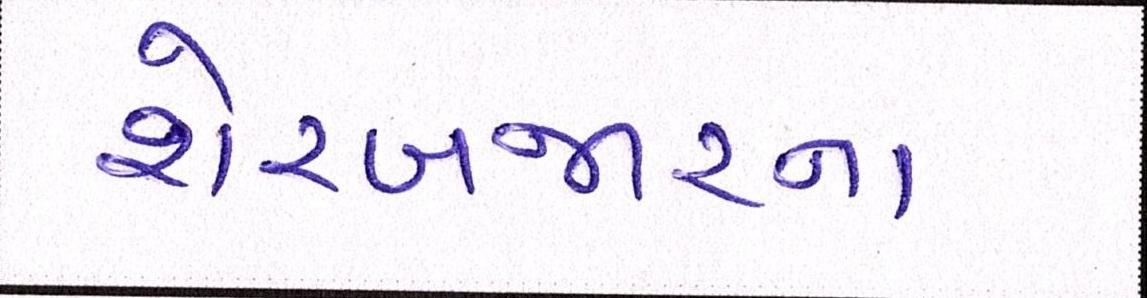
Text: શેરબજારના